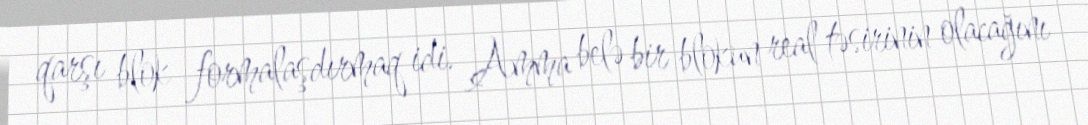
qarşı blok formalaşdırmaq idi. Amma belə bir blokun real təsirinin olacağını